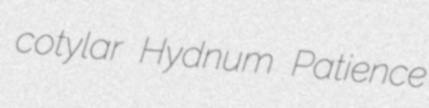
cotylar Hydnum Patience